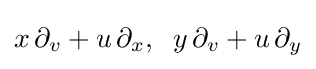
x\,\partial _{v}+u\,\partial _{x},\;\;y\,\partial _{v}+u\,\partial _{y}